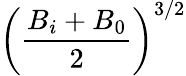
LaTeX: \left(\frac{B_{i}+B_{0}}{2}\right)^{3/2}